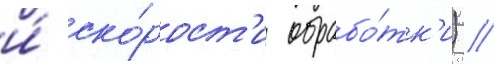
и́ ско́рост'и обрабо́тк'и) //